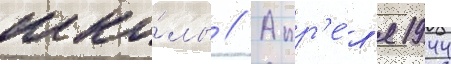
шко́лы // Апр'е́л'я 1944